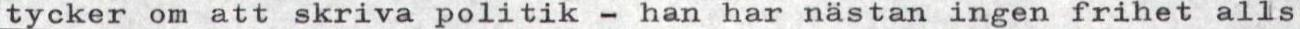
tycker om att skriva politik - han har nästan ingen frihet alls